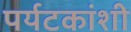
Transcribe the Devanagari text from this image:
पर्यटकांशी